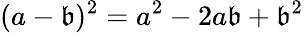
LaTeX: (a-\mathfrak{b})^{2}=a^{2}-2a\mathfrak{b}+\mathfrak{b}^{2}